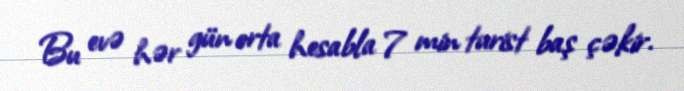
Bu evə hər gün orta hesabla 7 min turist baş çəkir.